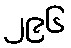
၂၉၆